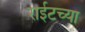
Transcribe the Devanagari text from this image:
राईटच्या